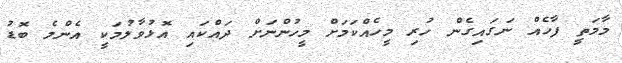
މާމަތީ ފާހެއް ނަގައިގެން ހުރި މީހެއްކަމަށް މީހުންނަށް ދައްކައި އޮޅުވާލުމަކީ އެންމެ ބޮޑު